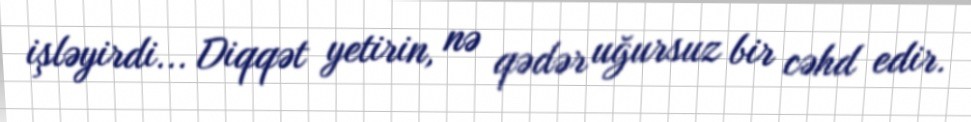
işləyirdi... Diqqət yetirin, nə qədər uğursuz bir cəhd edir.